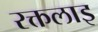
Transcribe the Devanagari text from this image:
रक्तलाइ